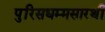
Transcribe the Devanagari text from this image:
पुरिसधम्मसारथी